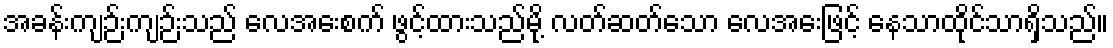
အခန်းကျဉ်းကျဉ်းသည် လေအေးစက် ဖွင့်ထားသည်မို့ လတ်ဆတ်သော လေအေးဖြင့် နေသာထိုင်သာရှိသည်။